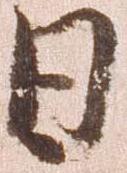
日